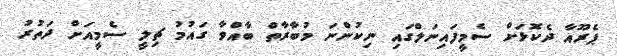
ޕެރޫއާ ދެކޮޅަށް ސެމީފައިނަލްގައި ނިކުންނަ މުބާރާތް ބާއްވާ ގައުމު ޗިލީ ސެމީއަށް ދަތުރު